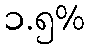
၁.၅%